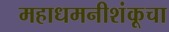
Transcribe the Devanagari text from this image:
महाधमनीशंकूचा